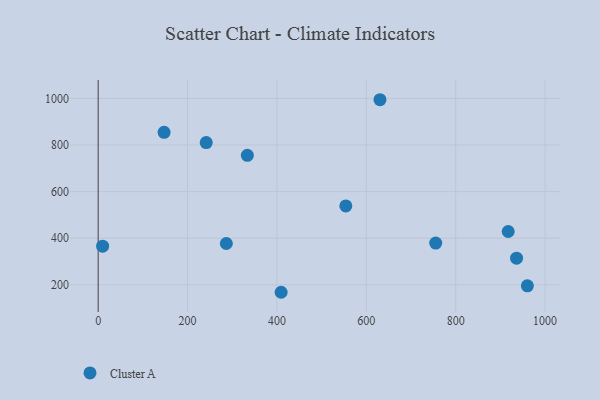
{"axis": {"x": "Engine Size", "y": "Salary"}, "legend": ["Cluster A"], "data": [{"x": "147.5", "y": 854.7, "type": "Cluster A"}, {"x": "409.4", "y": 167.7, "type": "Cluster A"}, {"x": "241.8", "y": 810.6, "type": "Cluster A"}, {"x": "10.0", "y": 365.6, "type": "Cluster A"}, {"x": "936.1", "y": 314.0, "type": "Cluster A"}, {"x": "960.3", "y": 195.6, "type": "Cluster A"}, {"x": "333.8", "y": 756.0, "type": "Cluster A"}, {"x": "286.8", "y": 377.2, "type": "Cluster A"}, {"x": "554.1", "y": 538.4, "type": "Cluster A"}, {"x": "755.2", "y": 379.0, "type": "Cluster A"}, {"x": "917.4", "y": 428.7, "type": "Cluster A"}, {"x": "630.5", "y": 994.7, "type": "Cluster A"}]}